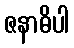
ဇနာဓိပါ